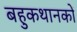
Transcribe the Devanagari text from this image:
बहुकथानकों